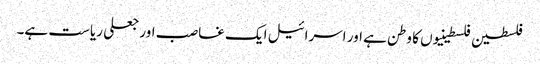
فلسطین فلسطینیوں کا وطن ہے اور اسرائیل ایک غاصب اور جعلی ریاست ہے۔